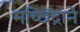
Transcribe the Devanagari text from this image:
मच्छिंद्राने